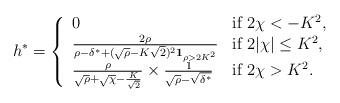
LaTeX: \begin{align*}h^*= \left\{ \begin{array}{ll}0 & \mbox{if } 2\chi < - K^2,\\\frac{2\rho}{\rho- \delta^*+ (\sqrt{\rho} - K\sqrt{2})^2 \mathbf{1}_{\rho > 2K^2}} & \mbox{if } 2|\chi| \leq K^2,\\ \frac{\rho}{ \sqrt{\rho} +\sqrt{\chi} - \frac{K}{\sqrt{2}}} \times \frac{1}{\sqrt{\rho} - \sqrt{\delta^*}}& \mbox{if } 2\chi > K^2.\end{array} \right.\end{align*}